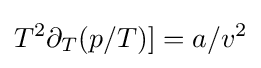
T^{2}\partial _{T}(p/T)]=a/v^{2}